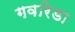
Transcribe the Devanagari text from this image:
गवारेडा